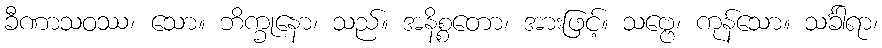
ခီဏာသဝဿ၊ သော။ ဘိက္ခုနော၊ သည်။ အနိစ္စတော၊ အားဖြင့်။ သဗ္ဗေ၊ ကုန်သော။ သင်္ခါရာ၊